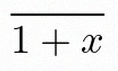
\frac{1}{1+x}